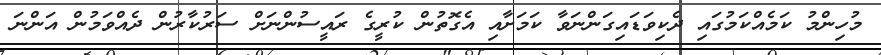
މުހިންމު ކަމެއްކަމުގައި ދެކިވަޑައިގަންނަވާ ކަމަށާއި އެގޮތުން ކުރީގެ ރައީސުންނަށް ސަރުކާރުން ދެއްވަމުން އަންނަ